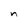
Character: n